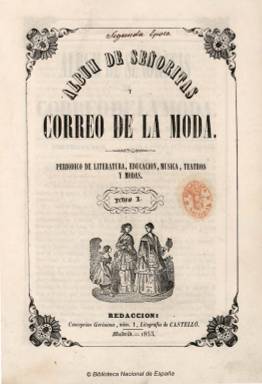
Título: Álbum de señoritas y Correo de la moda
Otros títulos: Título: Correo de la moda, Álbum de señoritas, 8 jun. 1856-31dic. 1864
Colección: Revistas femeninas || Moda
Ámbito geográfico: Madrid
Lugar de publicación: Madrid
Fechas: 08/01/1853-31/12/1864

Incluye un volumen con fecha 1855/1868 que contiene láminas publicadas originalmente a lo largo de esos años con los ejemplares de la revista.
----------------------------
Cabecera producto de la fusión de los títulos Álbum de señoritas (1852) y El Correo de la moda (1851-1852) -revistas de características similares-, que aparece el ocho de enero de 1853, con nueva secuencia, pero con la indicación de que se trata de una segunda época. Sus entregas, con foliación continuada anual y formando tomos con el mismo periodo temporal, con cubiertas e índices, serán ahora semanales (apareciendo los días 8, 16, 24 y último día de cada mes), en el mismo formato, papel satinado, composición a dos columnas y esmerada impresión, saliendo, primero, de la imprenta que le venía siendo propia, a cargo de A. Vega, y después de la de Miguel Campo-Redondo, situada en la madrileña calle Huertas. Asimismo, acompaña a sus entregas láminas con dibujos y patrones de labores estampadas en blanco y negro o a dos y más tintas en talleres litográficos madrileños, primero en el de Francisco Castelló, en cuyo domicilio seguía también establecida al principio la redacción, en la calle Concepción Gerónima, y después en el de Los Artistas (Pontejos, 1) y J. Aragón. Dos entregas al mes seguirán estando acompañadas de láminas iluminadas de figurines, procedentes del prestigioso Le Moniteur de la Mode (París: 1843-1913).

Sus números son en torno a la decena de páginas, y a partir de 1856, la publicación da la vuelta a su título, siendo a partir de entonces: Correo de la moda, Álbum de señoritas, apareciendo indicado desde julio de 1857 el nombre de su editor-propietario y director: Pedro José de la Peña. A partir de de 1858, recobra también el título el artículo “el”. El subtítulo de la publicación es “periódico de literatura, educación, música, teatros, modas”, señalando así cuales seguirán siendo los principales contenidos de una de las revistas femeninas más longevas de la prensa española del siglo diecinueve, caracterizada por su fin instructivo y educativo, en la que se dan cita como colaboradores un importante número de literatos, pero especialmente el nutrido número de escritoras españolas que inician sus carreras literarias en esta época isabelina. Sus suscripciones procedían de la aristocracia y la alta burguesía a la que se irán sumando también suscriptoras de la media burguesía.

Será precisamente Instrucción, el epígrafe de su primera sección fija en cada una de sus entregas, que estará a cargo de uno de sus primeros y principales redactores: el historiador Antonio Pirala Criado (1824-1903); seguida de la denominada Instrucción histórica; pero también desde su primer número empiezan a aparecer textos de creación (en prosa y en verso) de las escritoras que forjarán en sus páginas su estética literaria, pero también sus ideas emancipadoras de la mujer, aunque todavía impregnadas del espíritu moralista neocatólico del periodo isabelino. Robustiana Armiño de Cuesta, desde Gijón; Dolores Cabrera y Heredia, desde Jaca; Rogelia León, desde Granada, o María Verdejo y Durán, Polonia Ortiz, Vicenta García Miranda, María de Araceli Escalante, Faustina Sáez de Melgar, Eduarda Morales Morales, Ángela Grassi (que tendrá también una sección titulada Cartas familiares), Elena G. de Avellaneda, Emilia Mijares del Real, Micaela de Silva, Joaquina García Balmaseda (que se encargará asimismo de la sección Labores), Antonia Díaz de Lamarque, Francisca Carlota del Riego y Pica, Claudia Albéniz, Carolina Sorel o Emilia Serrano de Wilson comenzarán a publicar sus poemas, pero también textos para su sección Instrucción histórica, novelas y otros textos, y, en concreto, Aurora Pérez Mirón (seudónimo de García Balmaseda) se encarga también de la sección Modas.

Aparecen en sus páginas las primeras novelas originales por entregas firmadas por mujeres, como es el caso de María del Pilar Sinués y Navarro, y textos poéticos traducidos asimismo por estas escritoras españolas, como es el inicial caso de un poema de Lord Byron, traducido por Emilia (sin más). Cada entrega contará también con secciones como Revista semanal o Revista de Madrid (crónica social de bailes de salón y del mundo literario y artístico), que firmarán Antonio Flores, Dulcamara, Gázel o Lázaro; Teatros, de la que se encargará Diego de Rivera; Literatura, que incluirá Novelas y leyendas y Poemas; Variedades o las de las explicaciones de las láminas de los figurines policromados y los pliegos de dibujos, con bordados, modelos o abecedarios de labores, que acompañarán a cada entrega, a veces como edición especial, y también por una pieza musical para canto y piano. A partir de la entrega del 28 de febrero de 1861 (número 392), María del Pilar Sinués de Marco será la autora de una sección bajo el epígrafe Escritoras españolas, empezando con la semblanza biográfica de Gertrudis Gómez de Avellaneda.

Entre sus colaboradores, tanto en prosa como en verso, empezarán a aparecer los nombres de Emilio de Tamarit, Juan Antonio Viedma, Enrique del Castillo y Alba (con textos de instrucción histórica o de viajes, entre otros ) o de Florencio Janer; pero también los de V. Barrantes, Pascual Fernández de Baeza, Ignacio Virto, José María de Larrea, Carlos Navarro Rodrigo, Pedro Antonio Alarcón, Francisco Javier Simonet, Manuel de Llano y Persi, Luis García Luna, José Marco, Antonio Trueba, Carlos Frontaura, Carlos Rubio, Gaspar Núñez de Arce, Pablo Ortiga Rey, M. Vázquez Taboada, Gumersindo Laverde Ruiz, Ángel María Dacarrate, Eduardo Bustillo, Rafael Serrano Alcázar, Cayetano Vidal, Augusto Ferrán o José Selgas Carrasco, pero sobre todo el de Antonio Arnao, con textos en verso y prosa, pero también de crítica teatral. Por su parte, Gustavo Adolfo Becquer publica, en esta segunda época de la revista, su poema Anacreóntica (16 de septiembre de 1855, p. 266-267), o el texto Mi conciencia y yo (24 de octubre de 1855, p. 310-312), entre otros.

A finales de 1862, el editor Pedro José de la Peña adquirirá La educanda (1861-
1865), una revista dirigida a las madres de familia y directoras de colegios, con fines también instructivos de carácter religioso, moral y científico para las jóvenes, y en cuyas páginas escribían, asimismo, muchas de las poetas y literatas que lo hacen también en El Correo de la moda. La presente colección digitalizada contiene un volumen independiente de láminas iluminadas, publicadas entre 1855 y 1868 y en cuyos pies aparece indicado tanto el citado Le Moniteur de la Mode como el propio El Correo de la moda, como “periódico ilustrado para las señoras”. La colección digitalizada bajo el título Álbum de señoritas y Correo de la moda acaba en el número 576, correspondiente al 31 de diciembre de 1864, tomo XII. La colección digitalizada de la revista sigue bajo el título El Correo de la moda (1865) en esta misma hemeroteca digital de la Biblioteca Nacional de España.